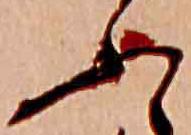
ふ